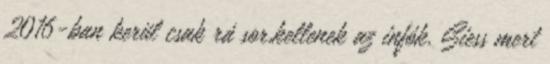
2016-ban kerül csak rá sor,kellenek az infók. Siess mert